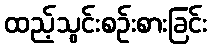
ထည့်သွင်းစဉ်းစားခြင်း